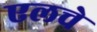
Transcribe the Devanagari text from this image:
एलचे